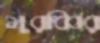
মুরব্বির